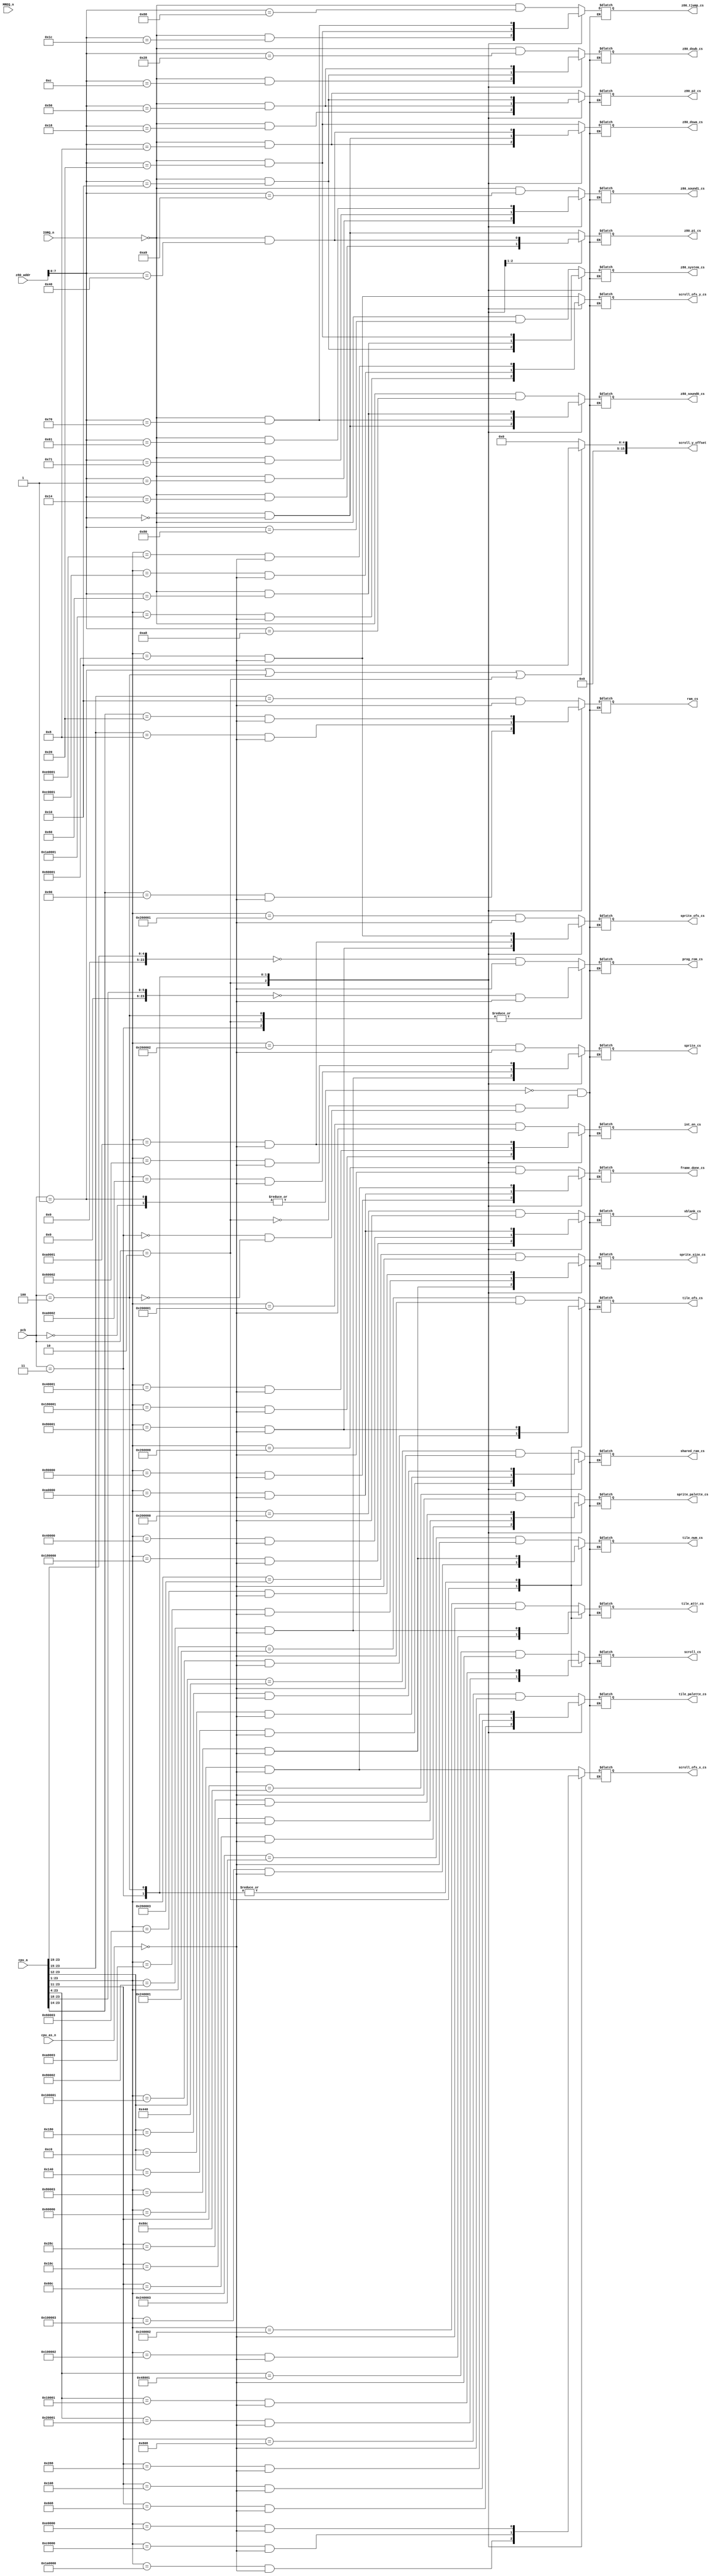
module chip_select
(
    input  [7:0] pcb,

    input [23:0] cpu_a,
    input        cpu_as_n,

    input [15:0] z80_addr,
    input        MREQ_n,
    input        IORQ_n,

    // M68K selects
    output       prog_rom_cs,
    output       ram_cs,
    output       scroll_ofs_x_cs,
    output       scroll_ofs_y_cs,
    output       frame_done_cs,
    output       int_en_cs,
    output       tile_ofs_cs,
    output       tile_attr_cs,
    output       tile_num_cs,
    output       scroll_cs,
    output       shared_ram_cs,
    output       vblank_cs,
    output       tile_palette_cs,
    output       sprite_palette_cs,
    output       sprite_ofs_cs,
    output       sprite_cs,
    output       sprite_size_cs,

    // Z80 selects
    output       z80_p1_cs,
    output       z80_p2_cs,
    output       z80_dswa_cs,
    output       z80_dswb_cs,
    output       z80_system_cs,
    output       z80_tjump_cs,
    output       z80_sound0_cs,
    output       z80_sound1_cs,

    // other params
    output reg [15:0] scroll_y_offset
);

localparam pcb_zero_wing     = 0;
localparam pcb_out_zone_conv = 1;
localparam pcb_out_zone      = 2;
localparam pcb_hellfire      = 3;
localparam pcb_truxton       = 4;
//localparam pcb_fireshark     = 5;
//localparam pcb_vimana        = 6;
//localparam pcb_rallybike     = 7;

function m68k_cs;
        input [23:0] base_address;
        input  [7:0] width;
begin
	m68k_cs = ( cpu_a >> width == base_address >> width ) & !cpu_as_n;
end
endfunction

function z80_cs;
        input [7:0] address_lo;
begin
	z80_cs = ( IORQ_n == 0 && z80_addr[7:0] == address_lo );
end
endfunction

always @(*) begin
    if (pcb == pcb_out_zone_conv || pcb == pcb_truxton || pcb == pcb_out_zone)
        scroll_y_offset = 16;
    else
        scroll_y_offset = 0;

    // Setup lines depending on pcb
    case (pcb)
        pcb_out_zone_conv, pcb_zero_wing: begin
            prog_rom_cs       = m68k_cs( 'h000000, 19 );
            ram_cs            = m68k_cs( 'h080000, 15 );
            shared_ram_cs     = m68k_cs( 'h440000, 12 );
            vblank_cs         = m68k_cs( 'h400000,  1 );
            int_en_cs         = m68k_cs( 'h400002,  1 );
            tile_palette_cs   = m68k_cs( 'h404000, 11 );
            sprite_palette_cs = m68k_cs( 'h406000, 11 );
            scroll_ofs_x_cs   = m68k_cs( 'h0c0000,  1 );
            scroll_ofs_y_cs   = m68k_cs( 'h0c0002,  1 );
            tile_ofs_cs       = m68k_cs( 'h480002,  1 );
            tile_attr_cs      = m68k_cs( 'h480004,  1 );
            tile_num_cs       = m68k_cs( 'h480006,  1 );
            scroll_cs         = m68k_cs( 'h480010,  4 );
            frame_done_cs     = m68k_cs( 'h4c0000,  1 );
            sprite_ofs_cs     = m68k_cs( 'h4c0002,  1 );
            sprite_cs         = m68k_cs( 'h4c0004,  1 );
            sprite_size_cs    = m68k_cs( 'h4c0006,  1 );

            z80_p1_cs         = z80_cs( 8'h00 );
            z80_p2_cs         = z80_cs( 8'h08 );
            z80_dswa_cs       = z80_cs( 8'h20 );
            z80_dswb_cs       = z80_cs( 8'h28 );
            z80_system_cs     = z80_cs( 8'h80 );
            z80_tjump_cs      = z80_cs( 8'h88 );
            z80_sound0_cs     = z80_cs( 8'ha8 );
            z80_sound1_cs     = z80_cs( 8'ha9 );
        end

        pcb_out_zone: begin
            prog_rom_cs       = m68k_cs( 'h000000, 18 );
            ram_cs            = m68k_cs( 'h240000, 14 );
            shared_ram_cs     = m68k_cs( 'h140000, 12 );
            vblank_cs         = m68k_cs( 'h300000,  1 );
            int_en_cs         = m68k_cs( 'h300002,  1 );
            scroll_ofs_x_cs   = m68k_cs( 'h340000,  1 );
            scroll_ofs_y_cs   = m68k_cs( 'h340002,  1 );
            tile_palette_cs   = m68k_cs( 'h304000, 11 );
            sprite_palette_cs = m68k_cs( 'h306000, 11 );
            tile_ofs_cs       = m68k_cs( 'h200002,  1 );
            tile_attr_cs      = m68k_cs( 'h200004,  1 );
            tile_num_cs       = m68k_cs( 'h200006,  1 );
            scroll_cs         = m68k_cs( 'h200010,  4 );
            frame_done_cs     = m68k_cs( 'h100000,  1 );
            sprite_ofs_cs     = m68k_cs( 'h100002,  1 );
            sprite_cs         = m68k_cs( 'h100004,  1 );
            sprite_size_cs    = m68k_cs( 'h100006,  1 );

            z80_p1_cs         = z80_cs( 8'h14 );
            z80_p2_cs         = z80_cs( 8'h18 );
            z80_dswa_cs       = z80_cs( 8'h08 );
            z80_dswb_cs       = z80_cs( 8'h0c );
            z80_system_cs     = z80_cs( 8'h10 );
            z80_tjump_cs      = z80_cs( 8'h1c );
            z80_sound0_cs     = z80_cs( 8'h00 );
            z80_sound1_cs     = z80_cs( 8'h01 );
        end

        pcb_hellfire: begin
            prog_rom_cs       = m68k_cs( 'h000000, 18 );
            ram_cs            = m68k_cs( 'h040000, 15 );
            shared_ram_cs     = m68k_cs( 'h0c0000, 12 );
            vblank_cs         = m68k_cs( 'h080000,  1 );
            int_en_cs         = m68k_cs( 'h080002,  1 );
            tile_palette_cs   = m68k_cs( 'h084000, 11 );
            sprite_palette_cs = m68k_cs( 'h086000, 11 );
            scroll_ofs_x_cs   = m68k_cs( 'h180000,  1 );
            scroll_ofs_y_cs   = m68k_cs( 'h180002,  1 );
            tile_ofs_cs       = m68k_cs( 'h100002,  1 );
            tile_attr_cs      = m68k_cs( 'h100004,  1 );
            tile_num_cs       = m68k_cs( 'h100006,  1 );
            scroll_cs         = m68k_cs( 'h100010,  4 );
            frame_done_cs     = m68k_cs( 'h140000,  1 );
            sprite_ofs_cs     = m68k_cs( 'h140002,  1 );
            sprite_cs         = m68k_cs( 'h140004,  1 );
            sprite_size_cs    = m68k_cs( 'h140006,  1 );

            z80_p1_cs         = z80_cs( 8'h40 );
            z80_p2_cs         = z80_cs( 8'h50 );
            z80_dswa_cs       = z80_cs( 8'h00 );
            z80_dswb_cs       = z80_cs( 8'h10 );
            z80_system_cs     = z80_cs( 8'h60 );
            z80_tjump_cs      = z80_cs( 8'h20 );
            z80_sound0_cs     = z80_cs( 8'h70 );
            z80_sound1_cs     = z80_cs( 8'h71 );
        end

        pcb_truxton: begin
            prog_rom_cs       = m68k_cs( 'h000000, 18 );
            ram_cs            = m68k_cs( 'h080000, 14 );
            shared_ram_cs     = m68k_cs( 'h180000, 12 );
            vblank_cs         = m68k_cs( 'h140000,  1 );
            int_en_cs         = m68k_cs( 'h140002,  1 );
            tile_palette_cs   = m68k_cs( 'h144000, 11 );
            sprite_palette_cs = m68k_cs( 'h146000, 11 );
            scroll_ofs_x_cs   = m68k_cs( 'h1c0000,  1 );
            scroll_ofs_y_cs   = m68k_cs( 'h1c0002,  1 );
            tile_ofs_cs       = m68k_cs( 'h100002,  1 );
            tile_attr_cs      = m68k_cs( 'h100004,  1 );
            tile_num_cs       = m68k_cs( 'h100006,  1 );
            scroll_cs         = m68k_cs( 'h100010,  4 );
            frame_done_cs     = m68k_cs( 'h0c0000,  1 );
            sprite_ofs_cs     = m68k_cs( 'h0c0002,  1 );
            sprite_cs         = m68k_cs( 'h0c0004,  1 );
            sprite_size_cs    = m68k_cs( 'h0c0006,  1 );

            z80_p1_cs         = z80_cs( 8'h00 );
            z80_p2_cs         = z80_cs( 8'h10 );
            z80_dswa_cs       = z80_cs( 8'h40 );
            z80_dswb_cs       = z80_cs( 8'h50 );
            z80_system_cs     = z80_cs( 8'h20 );
            z80_tjump_cs      = z80_cs( 8'h70 );
            z80_sound0_cs     = z80_cs( 8'h60 );
            z80_sound1_cs     = z80_cs( 8'h61 );
        end

        default:;
    endcase
end

endmodule